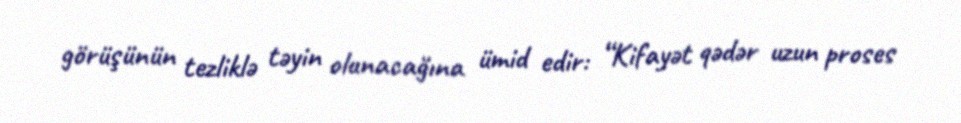
görüşünün tezliklə təyin olunacağına ümid edir: “Kifayət qədər uzun proses